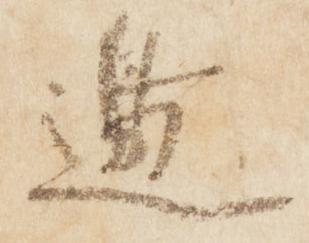
辺